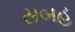
સબહ